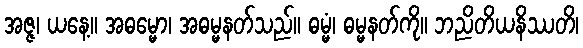
အဇ္ဇ၊ ယနေ့။ အဓမ္မော၊ အဓမ္မနတ်သည်။ ဓမ္မံ၊ ဓမ္မနတ်ကို။ ဘညိတိယနိဿတိ၊